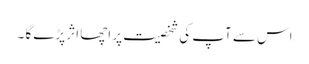
اس سے آپ کی شخصیت پر اچھا اثر پڑے گا ۔